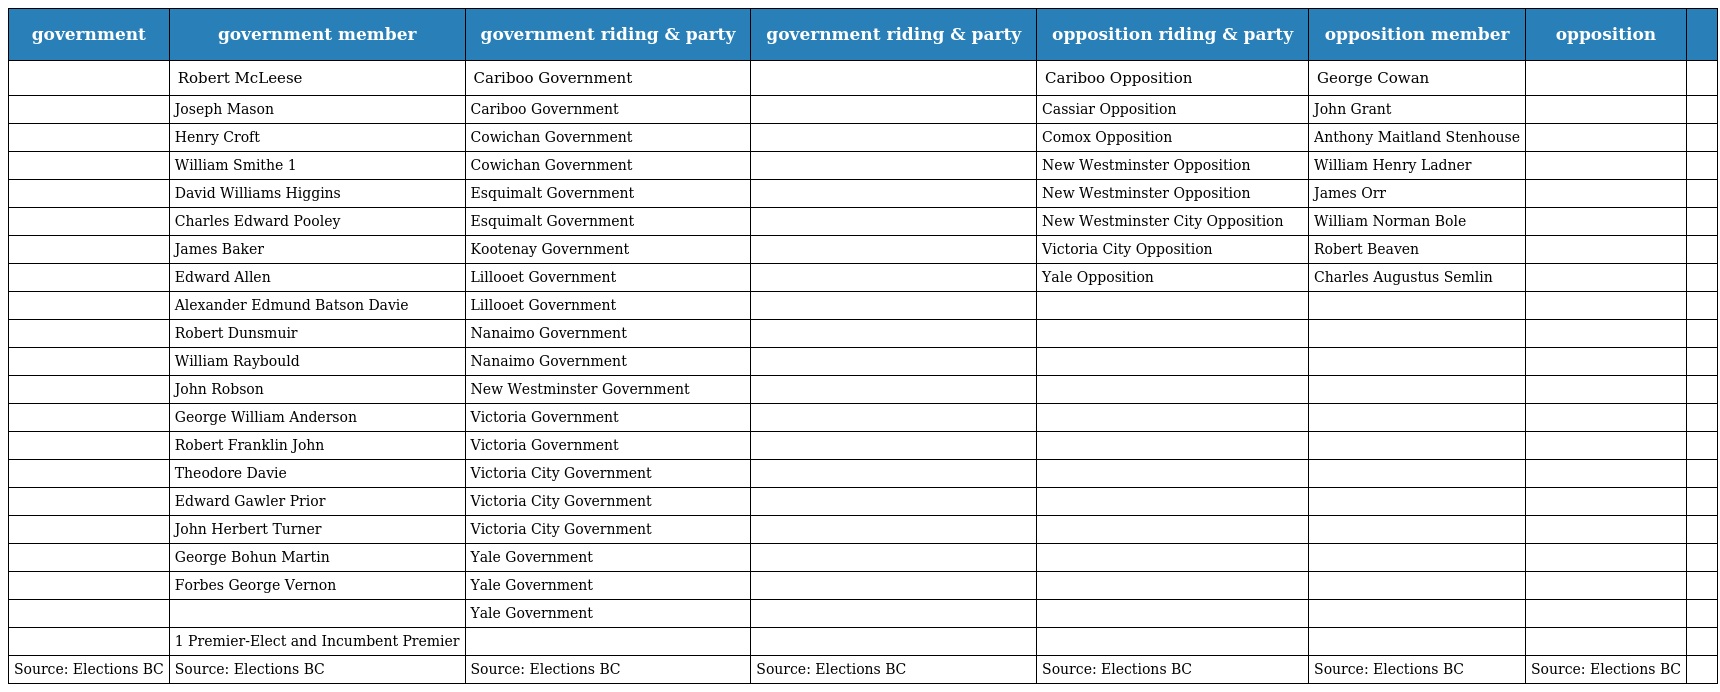
| government | government member | government riding & party | government riding & party | opposition riding & party | opposition member | opposition |  |
 | --- | --- | --- | --- | --- | --- | --- | --- |
 |  | Robert McLeese | Cariboo Government |  | Cariboo Opposition | George Cowan |  |  |
 |  | Joseph Mason | Cariboo Government |  | Cassiar Opposition | John Grant |  |  |
 |  | Henry Croft | Cowichan Government |  | Comox Opposition | Anthony Maitland Stenhouse |  |  |
 |  | William Smithe 1 | Cowichan Government |  | New Westminster Opposition | William Henry Ladner |  |  |
 |  | David Williams Higgins | Esquimalt Government |  | New Westminster Opposition | James Orr |  |  |
 |  | Charles Edward Pooley | Esquimalt Government |  | New Westminster City Opposition | William Norman Bole |  |  |
 |  | James Baker | Kootenay Government |  | Victoria City Opposition | Robert Beaven |  |  |
 |  | Edward Allen | Lillooet Government |  | Yale Opposition | Charles Augustus Semlin |  |  |
 |  | Alexander Edmund Batson Davie | Lillooet Government |  |  |  |  |  |
 |  | Robert Dunsmuir | Nanaimo Government |  |  |  |  |  |
 |  | William Raybould | Nanaimo Government |  |  |  |  |  |
 |  | John Robson | New Westminster Government |  |  |  |  |  |
 |  | George William Anderson | Victoria Government |  |  |  |  |  |
 |  | Robert Franklin John | Victoria Government |  |  |  |  |  |
 |  | Theodore Davie | Victoria City Government |  |  |  |  |  |
 |  | Edward Gawler Prior | Victoria City Government |  |  |  |  |  |
 |  | John Herbert Turner | Victoria City Government |  |  |  |  |  |
 |  | George Bohun Martin | Yale Government |  |  |  |  |  |
 |  | Forbes George Vernon | Yale Government |  |  |  |  |  |
 |  |  | Yale Government |  |  |  |  |  |
 |  | 1 Premier-Elect and Incumbent Premier |  |  |  |  |  |  |
 | Source: Elections BC | Source: Elections BC | Source: Elections BC | Source: Elections BC | Source: Elections BC | Source: Elections BC | Source: Elections BC |  |